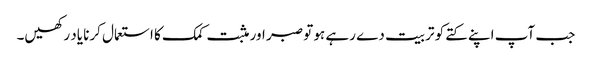
جب آپ اپنے کتے کو تربیت دے رہے ہو تو صبر اور مثبت کمک کا استعمال کرنا یاد رکھیں۔